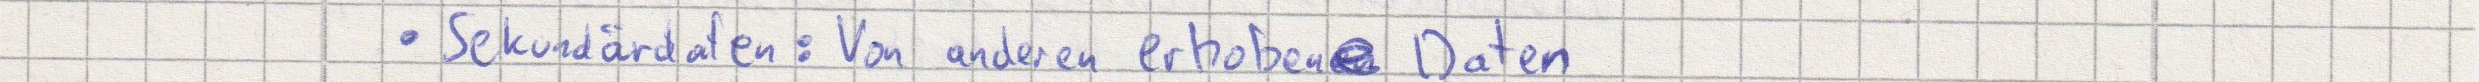
Sekundärdaten: Von anderen erhobene Daten